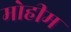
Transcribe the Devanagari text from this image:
मोेहीम